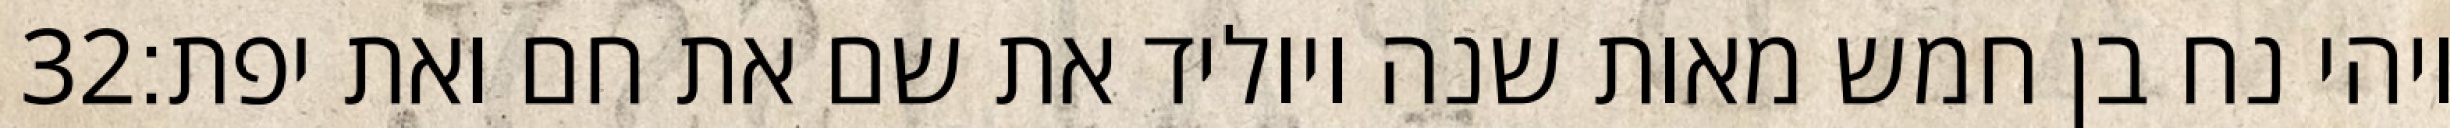
‎32‏ ויהי נח בן חמש מאות שנה ויוליד את שם את חם ואת יפת׃